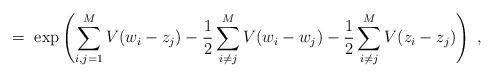
LaTeX: \begin{align*}= \; \exp \left( \sum_{i,j=1}^M V(w_i - z_j)- \frac{1}{2}\sum_{i \neq j}^M V(w_i - w_j)- \frac{1}{2}\sum_{i \neq j}^M V(z_i - z_j) \right) \; ,\end{align*}